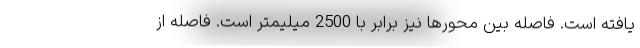
یافته است. فاصله بین محورها نیز برابر با 2500 میلیمتر است. فاصله از